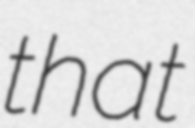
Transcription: that